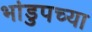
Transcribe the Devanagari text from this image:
भांडुपच्या